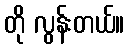
တို လွန်းတယ်။